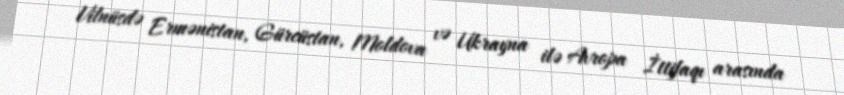
Vilnüsdə Ermənistan, Gürcüstan, Moldova və Ukrayna ilə Avropa İttifaqı arasında